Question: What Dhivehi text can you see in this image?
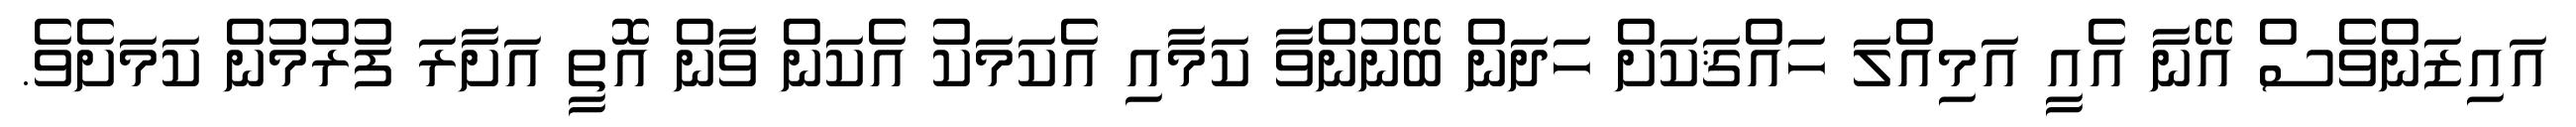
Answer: އައިޒަންވެސް އޭނާ އެއީ އަމިއްލަ ހައްޤަކަށް ހަދަން ބޭނުންވާ ކަމާއި އެކަމަކު އެކަން ވާން އޮތީ އަށާރަ ފުރުމުން ކަމަށެވެ.